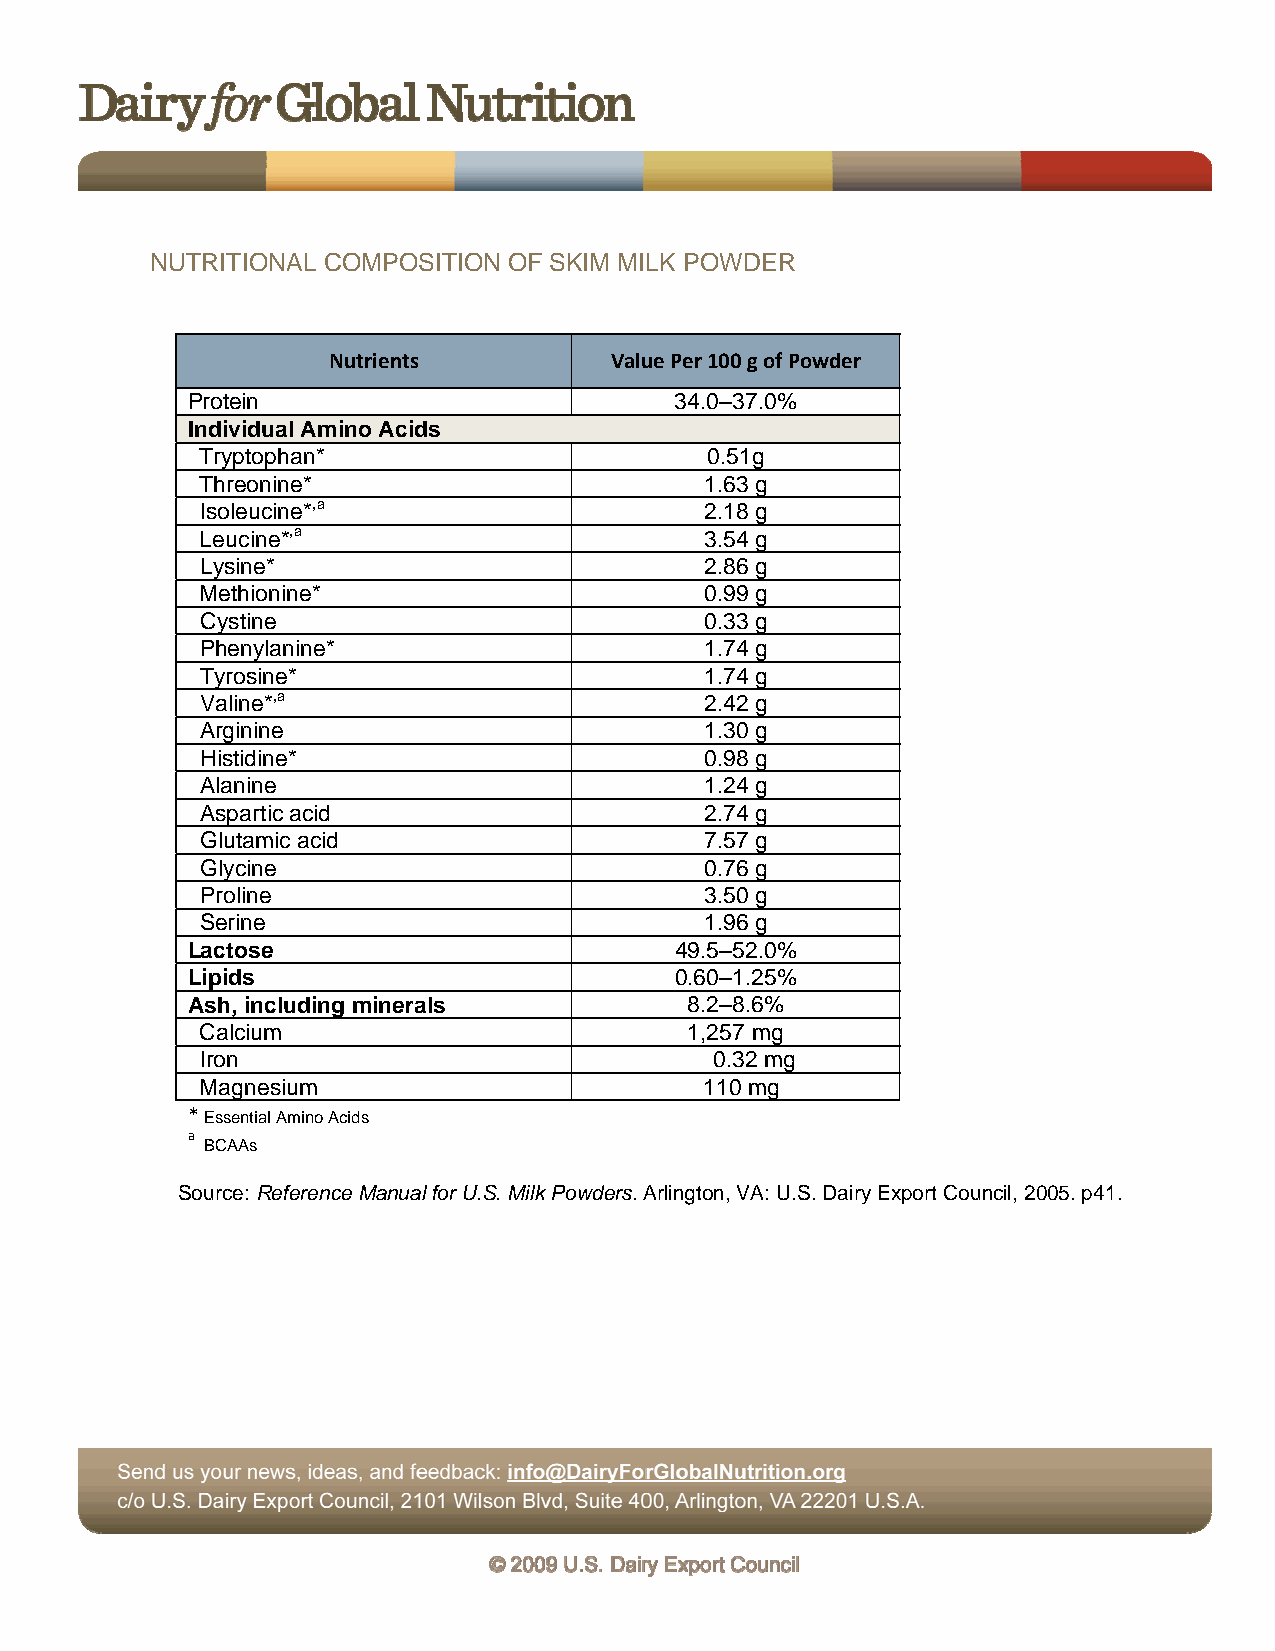
NUTRITIONAL COMPOSITION OF SKIM MILK POWDER
 Nutrients         Value Per 100 g of Powder
 Protein                          34.0–37.0%
 Individual Amino Acids
 Tryptophan*                       0.51g
 Threonine*                        1.63 g
 Isoleucine*,a                     2.18 g
 Leucine*,a                        3.54 g
 Lysine*                           2.86 g
 Methionine*                       0.99 g
 Cystine                           0.33 g
 Phenylanine*                      1.74 g
 Tyrosine*                         1.74 g
 Valine*,a                         2.42 g
 Arginine                          1.30 g
 Histidine*                        0.98 g
 Alanine                           1.24 g
 Aspartic acid                     2.74 g
 Glutamic acid                     7.57 g
 Glycine                           0.76 g
 Proline                           3.50 g
 Serine                            1.96 g
 Lactose                          49.5–52.0%
 Lipids                           0.60–1.25%
 Ash, including minerals           8.2–8.6%
 Calcium                          1,257 mg
 Iron                              0.32 mg
 Magnesium                         110 mg
 * Essential Amino Acids
 a
 BCAAs
 Source: Reference Manual for U.S. Milk Powders. Arlington, VA: U.S. Dairy Export Council, 2005. p41.